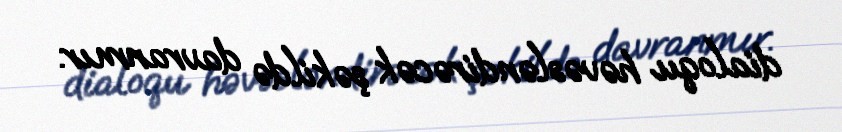
dialoqu həvəsləndirəcək şəkildə davranmır.